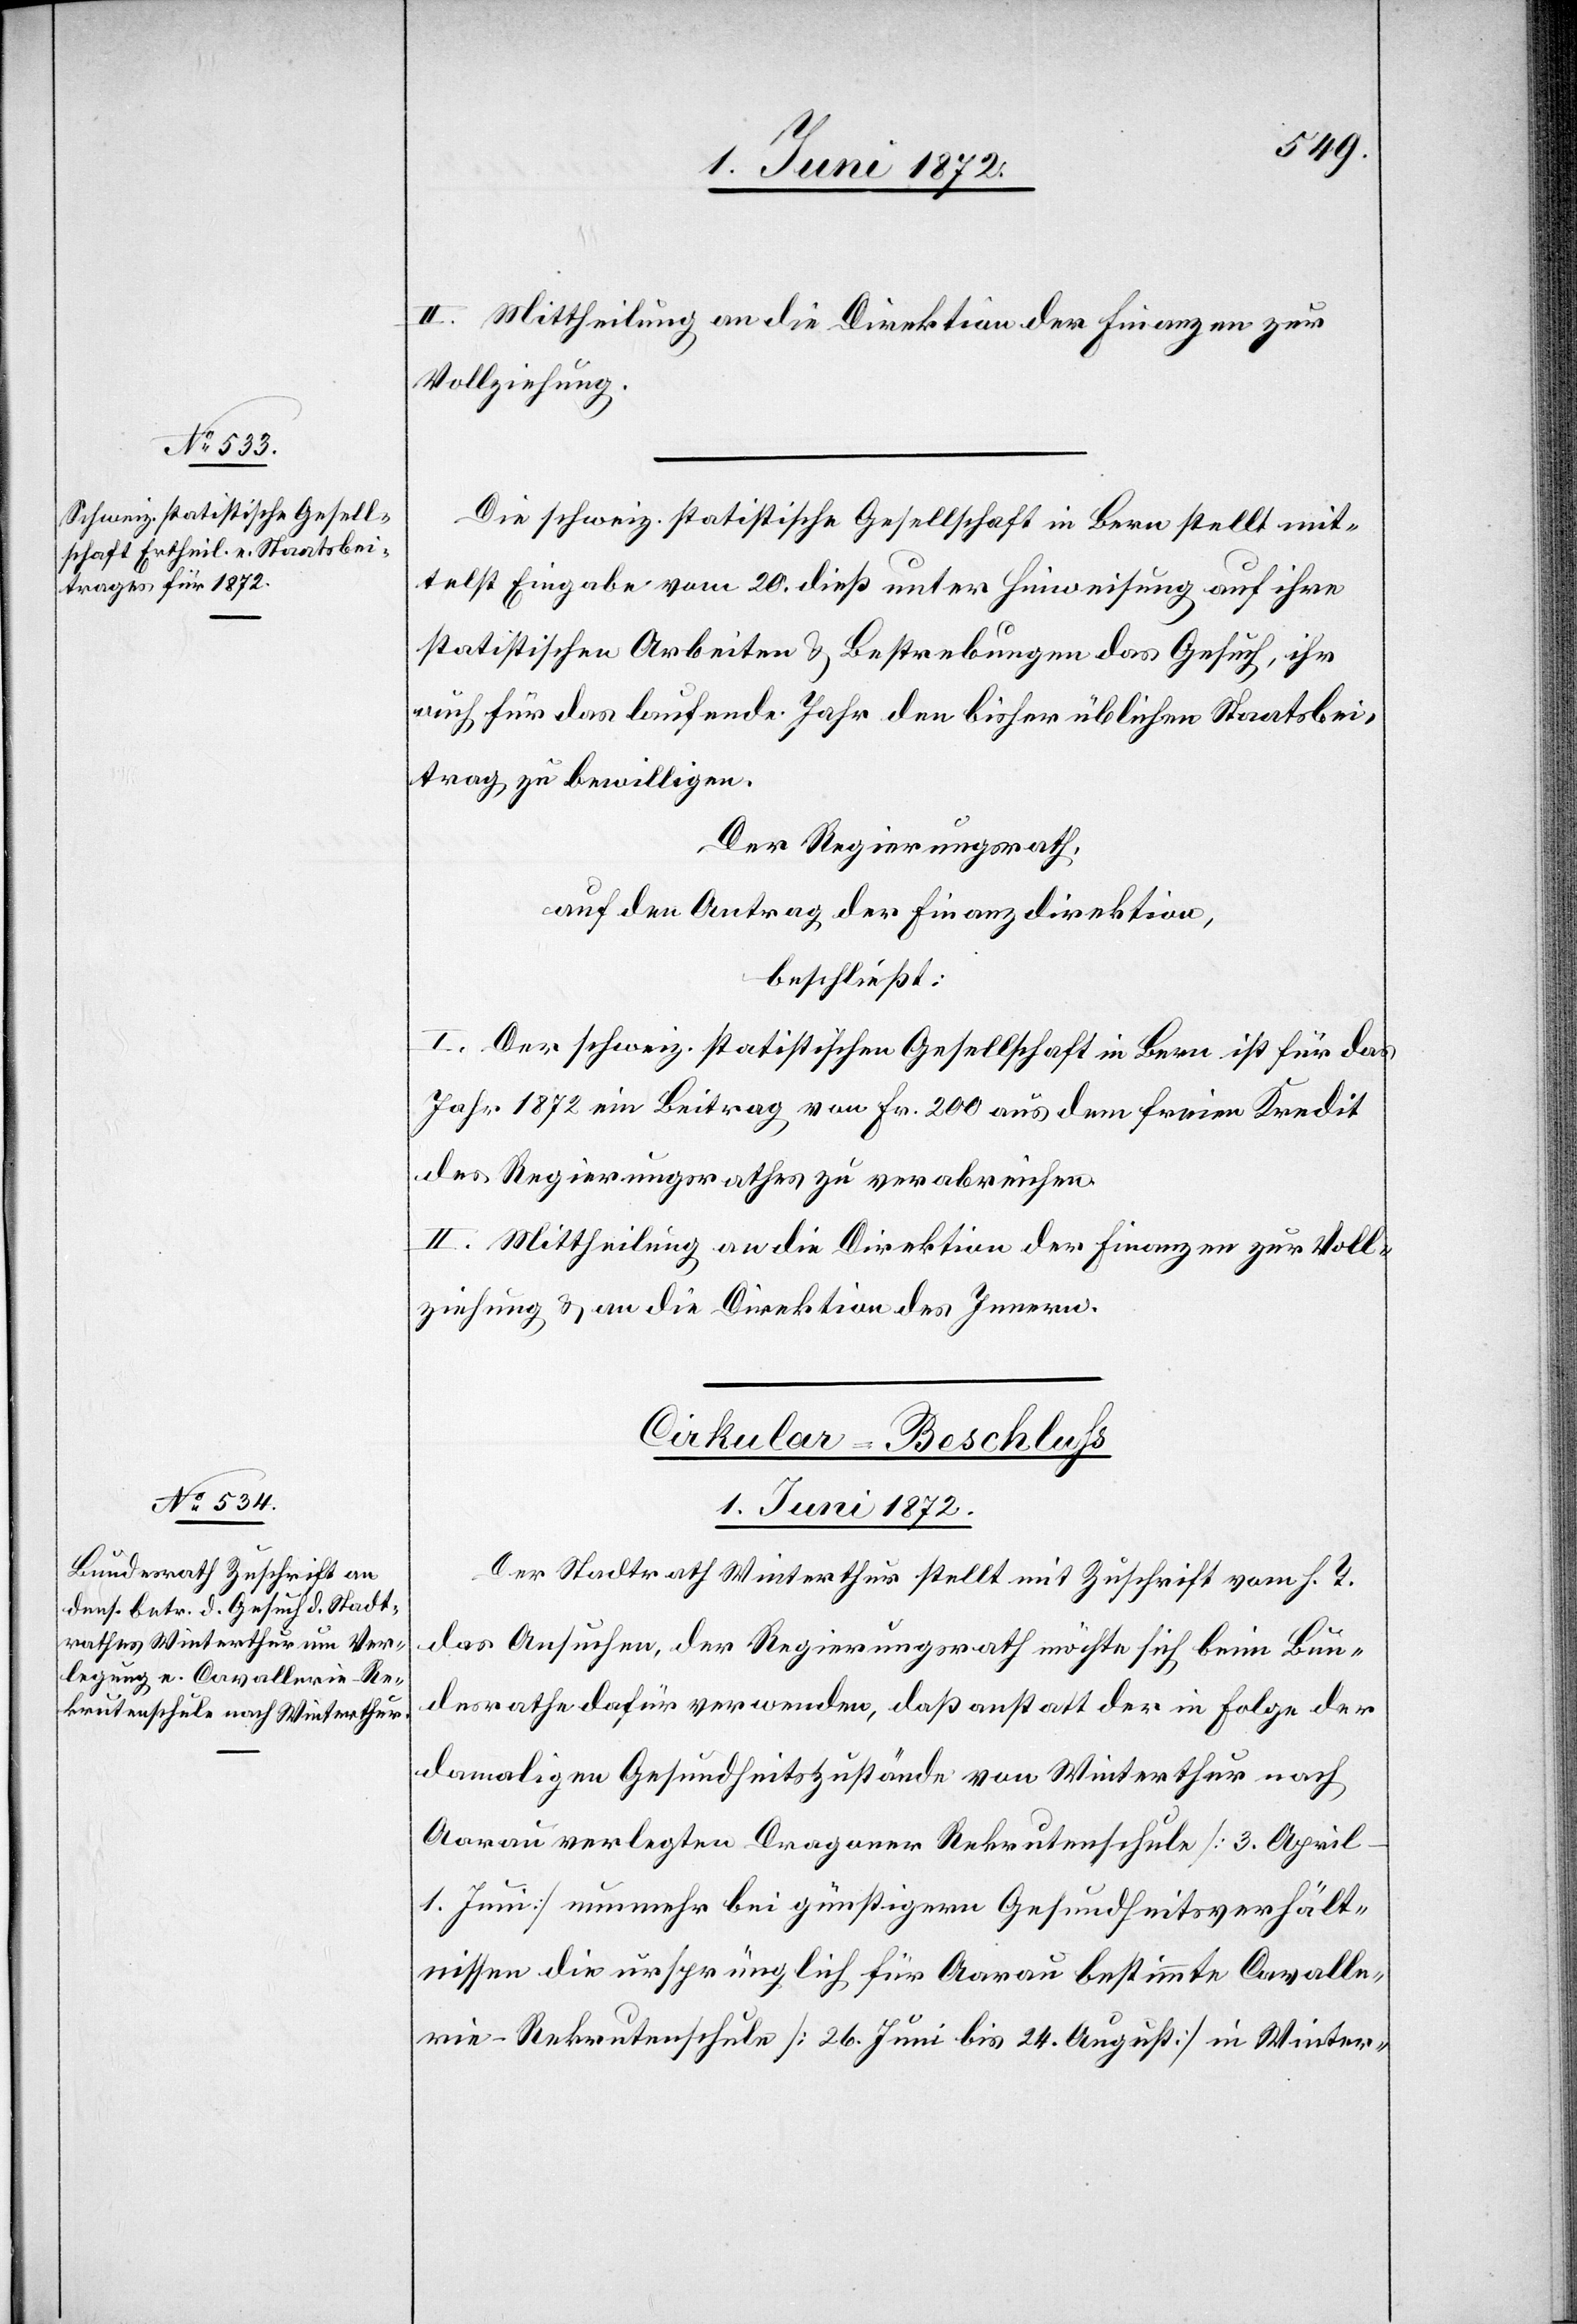
II. Mittheilung an die Direktion der Finanzen zur
Vollziehung.
Die schweiz. statistische Gesellschaft in Bern stellt mit¬
telst Eingabe vom 20. dieß unter Hinweisung auf ihre
statistischen Arbeiten u. Bestrebungen das Gesuch, ihr
auch für das laufende Jahr den bisher üblichen Staatsbei¬
trag zu bewilligen.
Der Regierungsrath,
auf den Antrag der Finanzdirektion,
beschließt:
I. Der schweiz. statistischen Gesellschaft in Bern ist für das
Jahr 1872 ein Beitrag von Fr. 200 aus dem freien Kredit
des Regierungsrathes zu verabreichen.
II. Mittheilung an die Direktion der Finanzen zur Voll¬
ziehung u. an die Direktion des Innern.
Cirkular-Beschluss
1. Juni 1872.
Der Stadtrath Winterthur stellt mit Zuschrift vom h. T.
das Ansuchen, der Regierungsrath möchte sich beim Bun¬
desrathe dafür verwenden, daß anstatt der in Folge der
damaligen Gesundheitszustände von Winterthur nach
Aarau verlegten Dragoner[-]Rekrutenschule [3. Apri¬
l–1. Juni] nunmehr bei günstigern Gesundheitsverhält¬
nissen die ursprünglich für Aarau bestimmte Cavalle¬
rie-Rekrutenschule [26. Juni bis 24. August] in Winter-